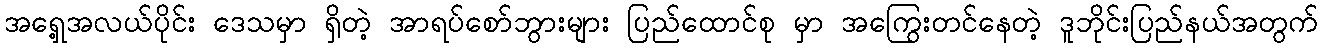
အရှေ့အလယ်ပိုင်း ဒေသမှာ ရှိတဲ့ အာရပ်စော်ဘွားများ ပြည်ထောင်စု မှာ အကြွေးတင်နေတဲ့ ဒူဘိုင်းပြည်နယ်အတွက်